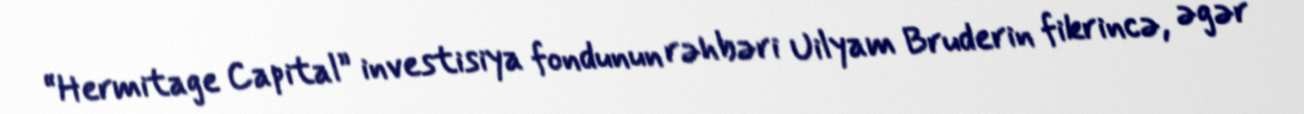
“Hermitage Capital” investisiya fondunun rəhbəri Uilyam Bruderin fikrincə, əgər